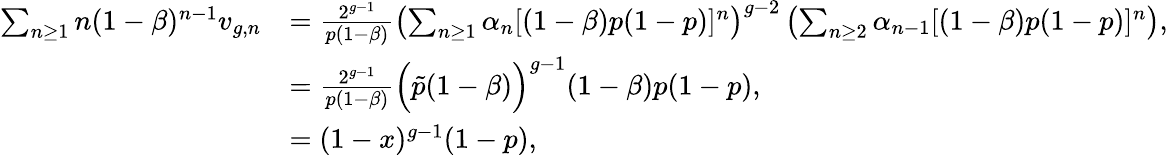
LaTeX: \begin{array}{rl}{\sum_{n\geq 1}n(1-\beta)^{n-1}v_{g,n}}&{=\frac{2^{g-1}}{p(1-\beta)}\left(\sum_{n\geq 1}\alpha_{n}[(1-\beta)p(1-p)]^{n}\right)^{g-2}\left(\sum_{n\geq 2}\alpha_{n-1}[(1-\beta)p(1-p)]^{n}\right),}\\ &{=\frac{2^{g-1}}{p(1-\beta)}\Big(\tilde{p}(1-\beta)\Big)^{g-1}(1-\beta)p(1-p),}\\ &{=(1-x)^{g-1}(1-p),}\end{array}